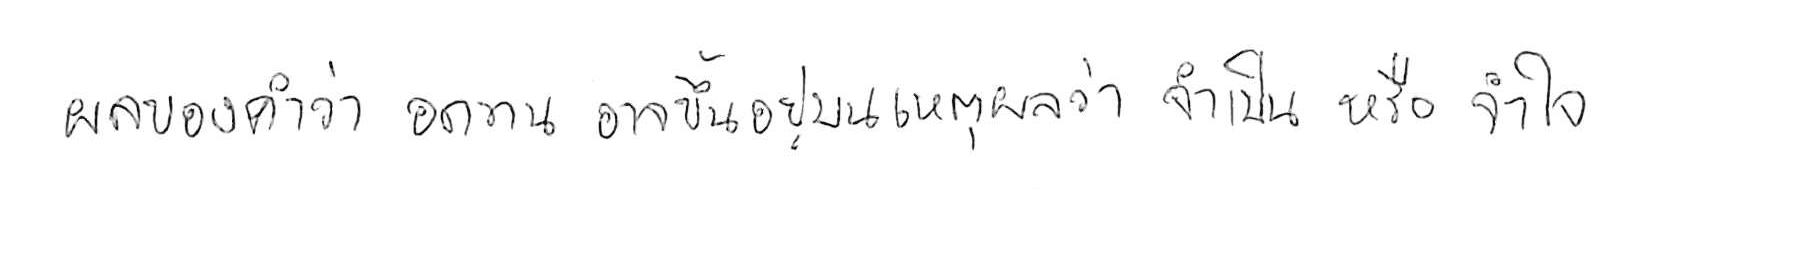
ผลของคำว่า อดทน อาจขึ้นอยู่บนเหตุผลว่า จำเป็น หรือ จำใจ